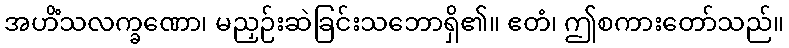
အဟိံသလက္ခဏော၊ မညှဉ်းဆဲခြင်းသဘောရှိ၏။ ဧတံ၊ ဤစကားတော်သည်။